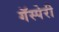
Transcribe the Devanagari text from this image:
गॅस्पेरी